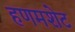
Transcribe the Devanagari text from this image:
हणमशेट